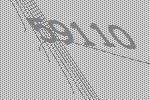
59110